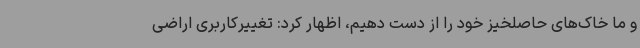
و ما خاک‌های حاصلخیز خود را از دست دهیم، اظهار کرد: تغییرکاربری اراضی